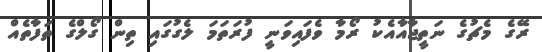
ރޭގެ މެޗުގެ ނަތީޖާއާއެކު ރޯމާ ވެފައިވަނީ ފުރަތަމަ ލެގުގައި ތިން ގޯލްގެ ތަފާތެއް